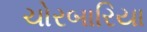
ચોરબારિયા